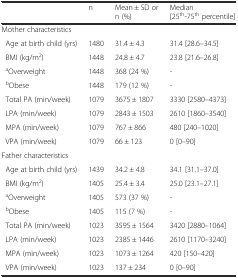
|  | n | Mean ± SD or n (%) | Median [25th-75th percentile] |
 | --- | --- | --- | --- |
 | Mother characteristics |  |  |  |
 | Age at birth child (yrs) | 1480 | 31.4 ± 4.3 | 31.4 [28.6–34.5] |
 | BMI (kg/m2) | 1448 | 24.8 ± 4.7 | 23.8 [21.6–26.8] |
 | aOverweight | 1448 | 368 (24 %) | - |
 | bObese | 1448 | 179 (12 %) | - |
 | Total PA (min/week) | 1079 | 3675 ± 1807 | 3330 [2580–4373] |
 | LPA (min/week) | 1079 | 2843 ± 1503 | 2610 [1860–3540] |
 | MPA (min/week) | 1079 | 767 ± 866 | 480 [240–1020] |
 | VPA (min/week) | 1079 | 66 ± 123 | 0 [0–90] |
 | Father characteristics |  |  |  |
 | Age at birth child (yrs) | 1439 | 34.2 ± 4.8 | 34.1 [31.1–37.0] |
 | BMI (kg/m2) | 1405 | 25.4 ± 3.4 | 25.0 [23.1–27.1] |
 | aOverweight | 1405 | 573 (37 %) | - |
 | bObese | 1405 | 115 (7 %) | - |
 | Total PA (min/week) | 1023 | 3595 ± 1564 | 3420 [2880–1064] |
 | LPA (min/week) | 1023 | 2385 ± 1446 | 2610 [1170–3240] |
 | MPA (min/week) | 1023 | 1073 ± 1264 | 420 [150–420] |
 | VPA (min/week) | 1023 | 137 ± 234 | 0 [0–90] |